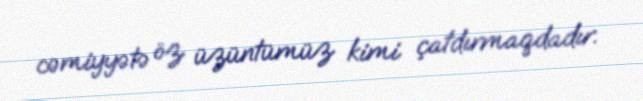
cəmiyyətə öz üzüntümüz kimi çatdırmaqdadır.